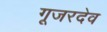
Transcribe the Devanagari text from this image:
गूजरदेव